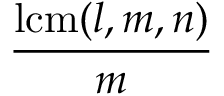
\frac { \operatorname { l c m } ( l , m , n ) } { m }